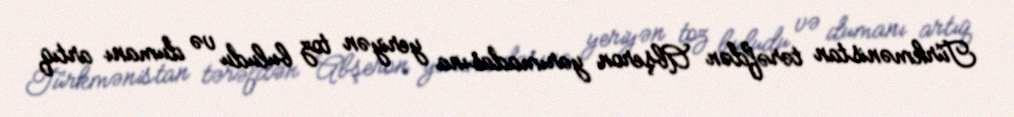
Türkmənistan tərəfdən Abşeron yarımadasına yeriyən toz buludu və dumanı artıq